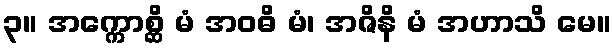
၃။ အက္ကောစ္ဆိ မံ အဝဓိ မံ၊ အဇိနိ မံ အဟာသိ မေ။